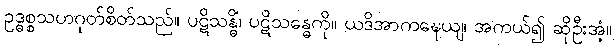
ဥဒ္ဓစ္စသဟဂုတ်စိတ်သည်။ ပဋိသန္ဓိံ၊ ပဋိသန္ဓေကို။ ယဒိအာကဍ္ဎေယျ၊ အကယ်၍ ဆိုဦးအံ့။